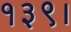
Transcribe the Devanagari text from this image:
१३९।